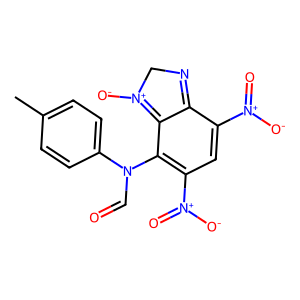
SMILES: Cc1ccc(N(C=O)c2c([N+](=O)[O-])cc([N+](=O)[O-])c3c2=[N+]([O-])CN=3)cc1
Inhibits HIV replication: No